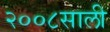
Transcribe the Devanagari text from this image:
२००८साली